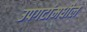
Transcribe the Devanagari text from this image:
उपगटांमधील